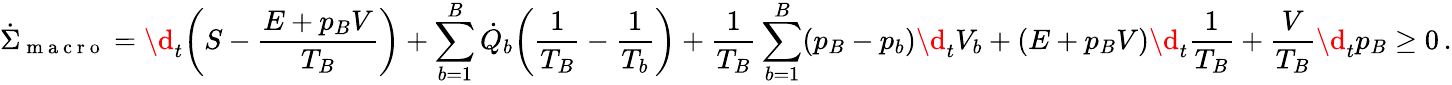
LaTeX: \dot{\Sigma}_{\mathrm{~m~a~c~r~o~}}=\d_{t}\bigg(S-\frac{E+p_{B}V}{T_{B}}\bigg)+\sum_{b=1}^{B}\dot{Q}_{b}\bigg(\frac{1}{T_{B}}-\frac{1}{T_{b}}\bigg)+\frac{1}{T_{B}}\sum_{b=1}^{B}(p_{B}-p_{b})\d_{t}V_{b}+(E+p_{B}V)\d_{t}\frac{1}{T_{B}}+\frac{V}{T_{B}}\d_{t}p_{B}\geq 0\, .